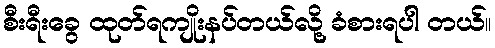
စီးရီးခွေ ထုတ်ရကျိုးနပ်တယ်လို့ ခံစားရပါ တယ်။